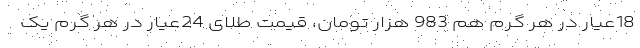
18عیار در هر گرم هم 983 هزار تومان، قیمت طلای 24عیار در هر گرم یک